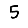
Digit: 5